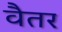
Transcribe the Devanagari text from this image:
वैतर